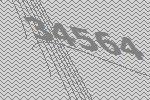
34564